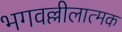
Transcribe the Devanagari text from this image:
भगवल्लीलात्मक